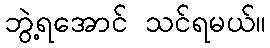
ဘွဲ့ရအောင် သင်ရမယ်။